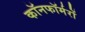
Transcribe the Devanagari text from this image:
कॉनफॉर्मरों